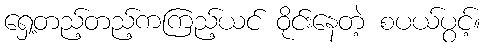
ရှေ့တည့်တည့်ကကြည့်ယင် ဝိုင်းနေတဲ့ စပယ်ပွင့်။